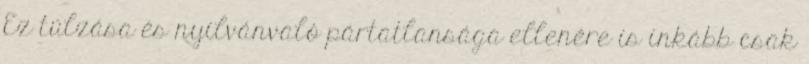
Ez túlzása és nyilvánvaló pártatlansága ellenére is inkább csak